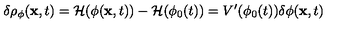
\delta \rho _ { \phi } ( { \bf x } , t ) = { \cal H } ( \phi ( { \bf x } , t ) ) - { \cal H } ( \phi _ { 0 } ( t ) ) = V ^ { \prime } ( \phi _ { 0 } ( t ) ) \delta \phi ( { \bf x } , t )